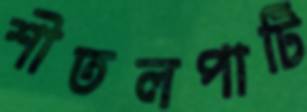
শীতলপাটি